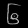
Digit: ၆